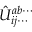
\hat { U } _ { i j \cdots } ^ { a b \cdots }